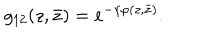
g _ { 1 2 } ( z , \bar { z } ) = e ^ { - \gamma \varphi ( z , \bar { z } ) } .